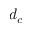
d _ { c }